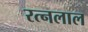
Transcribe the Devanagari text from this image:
रत्नलाल